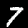
Label: 7